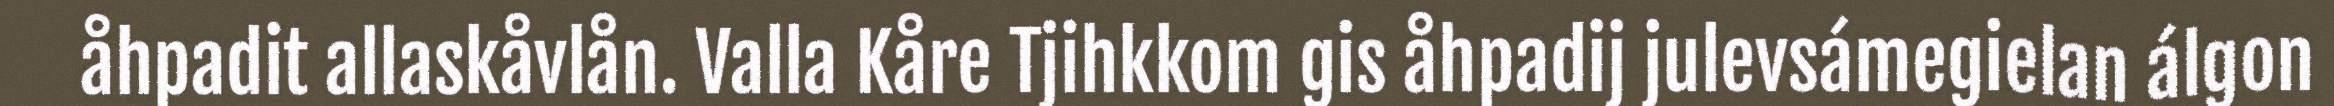
åhpadit allaskåvlån. Valla Kåre Tjihkkom gis åhpadij julevsámegielan álgon